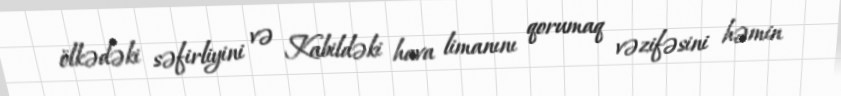
ölkədəki səfirliyini və Kabildəki hava limanını qorumaq vəzifəsini həmin